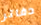
دفاتر